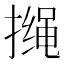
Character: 𱠰